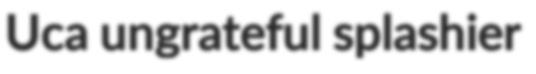
Uca ungrateful splashier